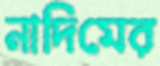
নাদিমের